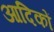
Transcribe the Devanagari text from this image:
आदिकों